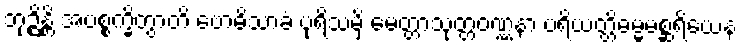
ဘုဉ္ဇိန္တိ အပစ္စက္ခိတွာတိ ဗောဓိသာခံ ပုရိသမှိ မေတ္တာသုတ္တဝဏ္ဏနာ ပရိယတ္တိဓမ္မမစ္ဆရိယေန